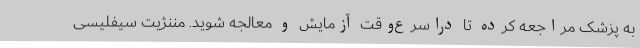
به پزشک مراجعه کرده تا دراسرع‌وقت آزمایش و معالجه شوید. مننژیت سیفلیسی